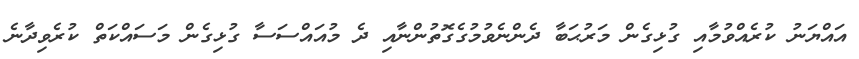
އައްޔަނު ކުރެއްވުމާއި ގުޅިގެން މަރުޙަބާ ދެންނެވުމުގެގޮތުންނާއި ދެ މުއައްސަސާ ގުޅިގެން މަސައްކަތް ކުރެވިދާނެ